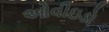
ઓવીઇડો